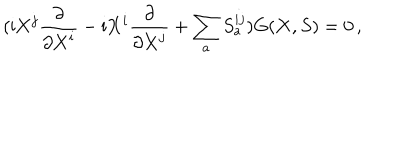
( \mathrm { i } { \bf X } ^ { j } \frac { \partial } { \partial { \bf X } ^ { i } } - \mathrm { i } { \bf X } ^ { i } \frac { \partial } { \partial { \bf X } ^ { j } } + \sum _ { a } S _ { a } ^ { i j } ) G ( { \bf X } , S ) = 0 \, ,